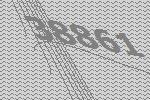
38861